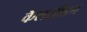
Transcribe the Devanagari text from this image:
कैलसीडन